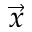
\vec { x }